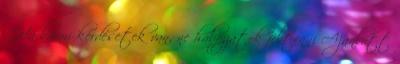
. Ha bármi kérdésetek van, ne habozzatok feltenni Ajánlott